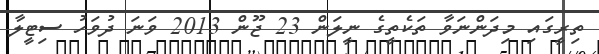
ތިރީގައި މިދަންނަވާ ތަކެތީގެ ނީލަން 23 ޖޫން 2013 ވަނަ ދުވަހު ސިޓީލާ